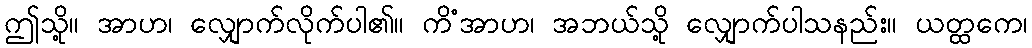
ဤသို့။ အာဟ၊ လျှောက်လိုက်ပါ၏။ ကိံအာဟ၊ အဘယ်သို့ လျှောက်ပါသနည်း။ ယတ္ထကေ၊